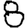
Digit: 8